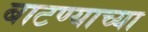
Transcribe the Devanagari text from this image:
बाटण्याच्या